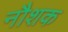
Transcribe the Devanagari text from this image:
नौशक